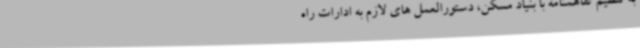
به تنظیم تفاهمنامه با بنیاد مسکن، دستورالعمل های لازم به ادارات راه